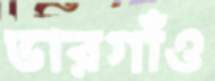
ভারগাঁও